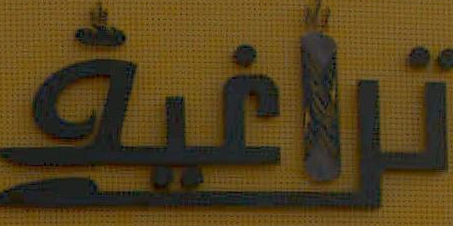
تراغية